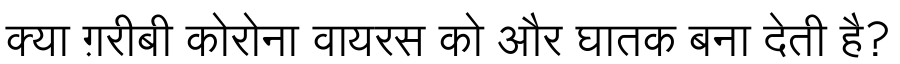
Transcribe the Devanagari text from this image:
क्या ग़रीबी कोरोना वायरस को और घातक बना देती है?